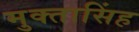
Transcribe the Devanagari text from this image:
मुक्तासिंह